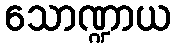
သောဏ္ဍာယ